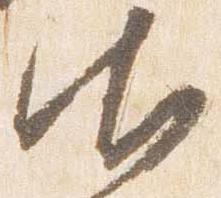
御